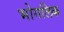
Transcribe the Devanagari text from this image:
भोगलिक